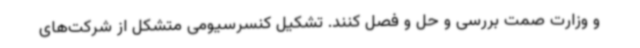
و وزارت صمت بررسی و حل و فصل کنند. تشکیل کنسرسیومی متشکل از شرکت‌های